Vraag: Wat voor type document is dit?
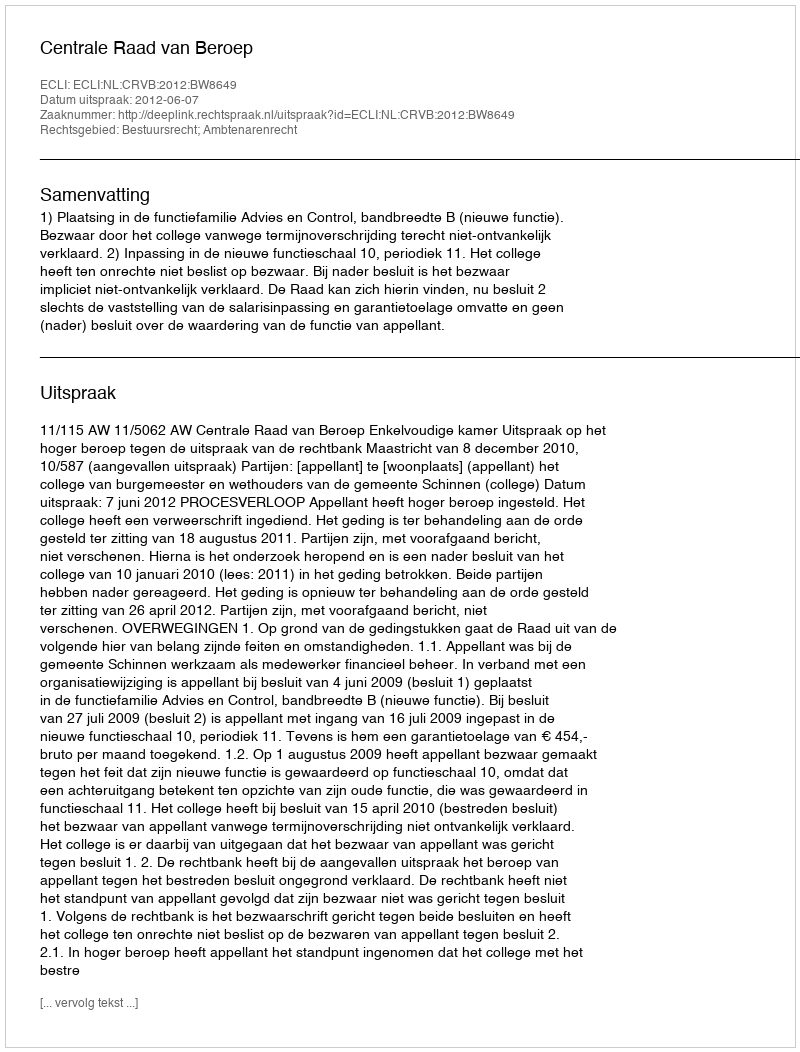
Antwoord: Uitspraak